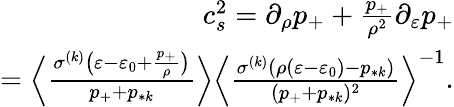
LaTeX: \begin{array}{r}{c_{s}^{2}=\partial_{\rho}p_{+}+\frac{p_{+}}{\rho^{2}}\partial_{\varepsilon}p_{+}}\\ {=\Big\langle\frac{\sigma^{(k)}\big(\varepsilon-\varepsilon_{0}+\frac{p_{+}}{\rho}\big)}{p_{+}+p_{*k}}\Big\rangle\Big\langle\frac{\sigma^{(k)}(\rho(\varepsilon-\varepsilon_{0})-p_{*k})}{(p_{+}+p_{*k})^{2}}\Big\rangle^{-1}.}\end{array}